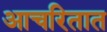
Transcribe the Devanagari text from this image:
आचरितात